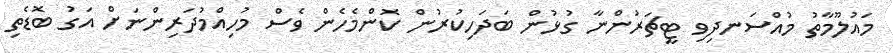
މައުލޫމާތު މުއްސަނދިވި ޓީޗަރުންނާ ގުޅުން ބަދަހިކުރުން ކޮންމެހެން ވެސް މުހިއްމުދަރިންނަށް އަގު ބޮޑެތި